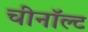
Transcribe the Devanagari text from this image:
चीनॉल्ट